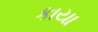
કાયા